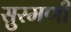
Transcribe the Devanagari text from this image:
सुरमणी